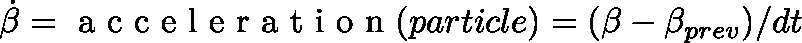
\dot { \mathbf { \beta } } = \mathrm { ~ a ~ c ~ c ~ e ~ l ~ e ~ r ~ a ~ t ~ i ~ o ~ n ~ } ( p a r t i c l e ) = ( \beta - \beta _ { p r e v } ) / d t